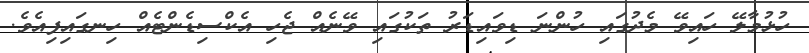
ހުޅުމާލޭ ހައިވޭ މެދުގައި ހުންނަ ޑިވައިޑަރު ތަކުގައި ވޭނެއް ޖެހި އެކްސިޑެންޓެއް ހިނގައިފިއެވެ.